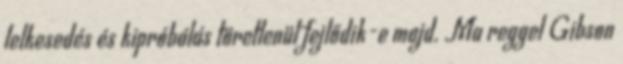
lelkesedés és kipróbálás töretlenül fejlődik-e majd. Ma reggel Gibson